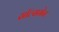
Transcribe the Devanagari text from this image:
सॉल्समेन